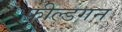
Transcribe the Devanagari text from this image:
फ़ील्डगन